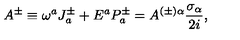
A ^ { \pm } \equiv \omega ^ { a } J _ { a } ^ { \pm } + E ^ { a } P _ { a } ^ { \pm } = A ^ { ( \pm ) \alpha } \frac { \sigma _ { \alpha } } { 2 i } ,